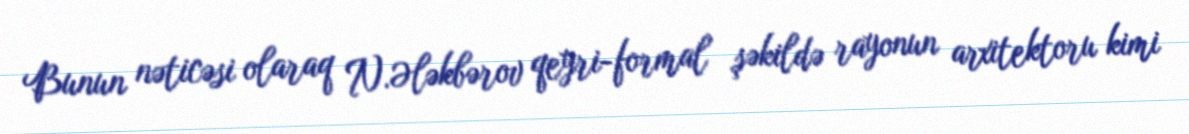
Bunun nəticəsi olaraq N.Ələkbərov qeyri-formal şəkildə rayonun arxitektoru kimi